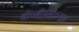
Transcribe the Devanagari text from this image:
बी०बी०सी०न्यूज़